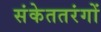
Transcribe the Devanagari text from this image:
संकेततरंगों